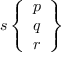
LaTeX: s \left\{ { \begin{array} { l } { p } \\ { q } \\ { r } \end{array} } \right\}